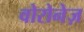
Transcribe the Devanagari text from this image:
वोरोनेज़